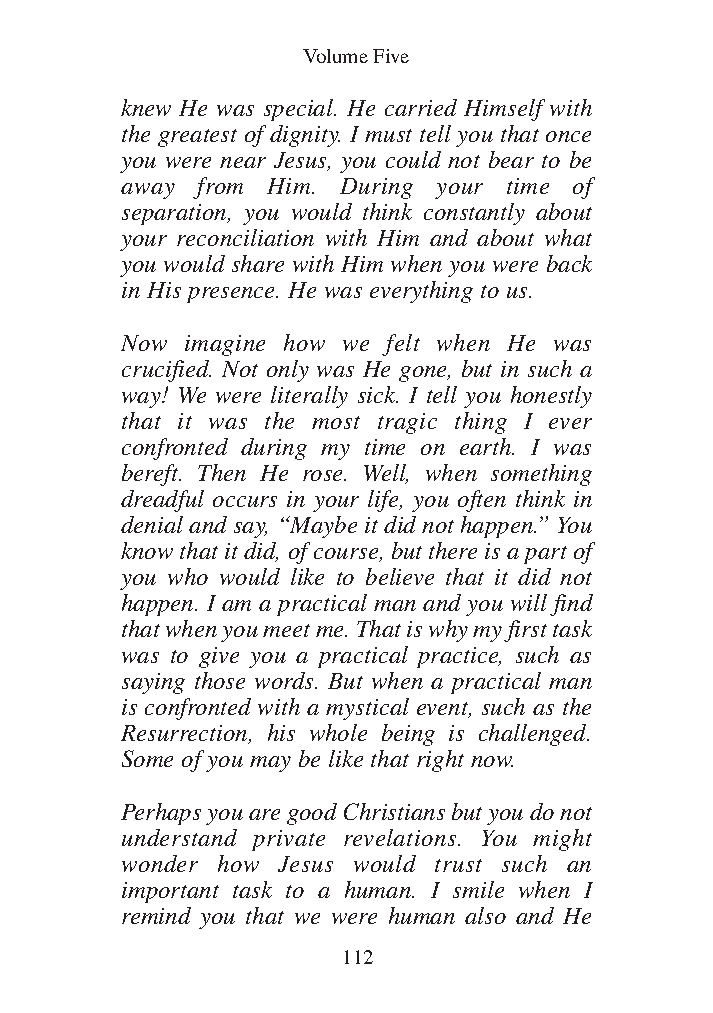
DFOT Vol 5 No App_1 12/3/13 8:54 PM Page 112
 Volume Five
 knew He was special. He carried Himself with
 the greatest of dignity. I must tell you that once
 you were near Jesus, you could not bear to be
 away from Him. During your time of
 separation, you would think constantly about
 your reconciliation with Him and about what
 you would share with Him when you were back
 in His presence. He was everything to us.
 Now imagine how we felt when He was
 crucified. Not only was He gone, but in such a
 way! We were literally sick. I tell you honestly
 that it was the most tragic thing I ever
 confronted during my time on earth. I was
 bereft. Then He rose. Well, when something
 dreadful occurs in your life, you often think in
 denial and say, “Maybe it did not happen.” You
 know that it did, of course, but there is a part of
 you who would like to believe that it did not
 happen. I am a practical man and you will find
 that when you meet me. That is why my first task
 was to give you a practical practice, such as
 saying those words. But when a practical man
 is confronted with a mystical event, such as the
 Resurrection, his whole being is challenged.
 Some of you may be like that right now.
 Perhaps you are good Christians but you do not
 understand private revelations. You might
 wonder how Jesus would trust such an
 important task to a human. I smile when I
 remind you that we were human also and He
 112